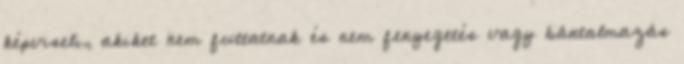
képviseli, akiket nem futtatnak és nem fenyegetés vagy bántalmazás